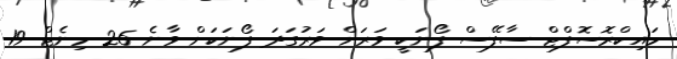
މައިކްރޮސޮފްޓް ސާފޭސް ފޯނަކީ ވަރަށް ވަރުގަދަ ފޯނަކަށް ވާނެ 26 މިނެޓް 19